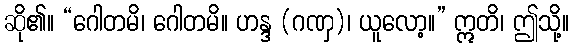
ဆို၏။ “ဂေါတမိ၊ ဂေါတမိ။ ဟန္ဒ (ဂဏှ)၊ ယူလော့။” ဣတိ၊ ဤသို့။